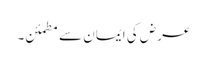
عرض کی ایمان سے مطمئن۔